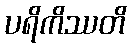
ပရိကိဿတိ